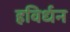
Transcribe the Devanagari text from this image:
हविर्धन